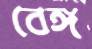
বেঙ্গ